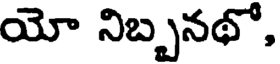
యో నిబ్బనథో,